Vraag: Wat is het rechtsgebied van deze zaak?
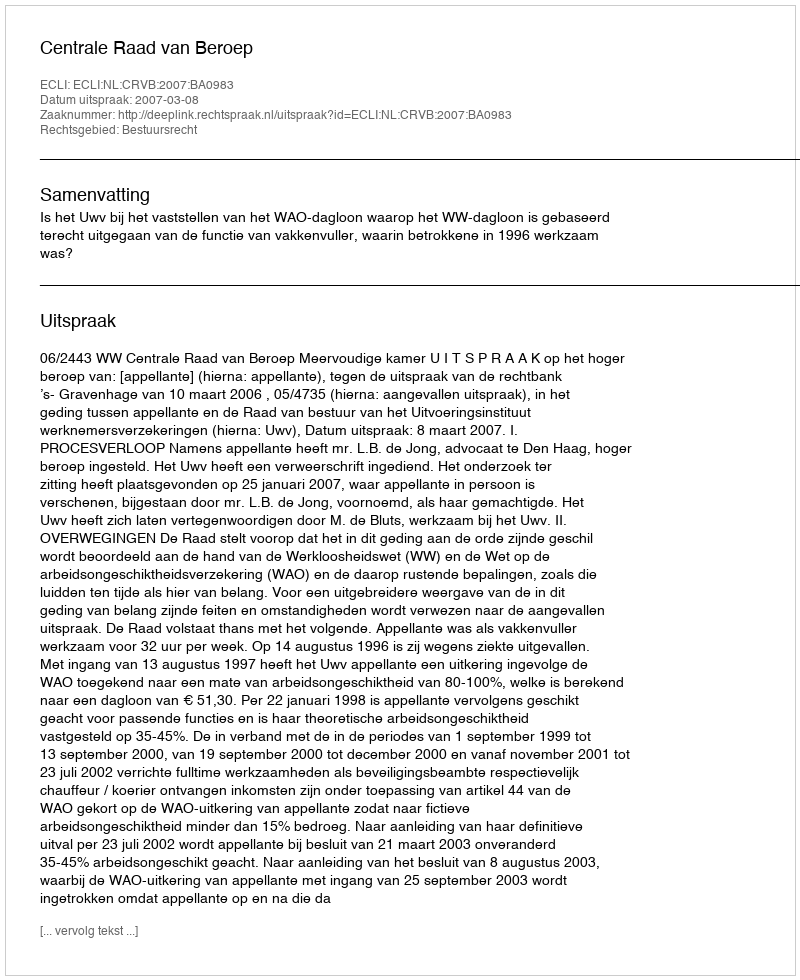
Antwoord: Bestuursrecht